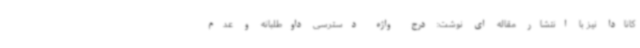
کانادا نیز با انتشار مقاله ای نوشت: درج واژه دسترسی داوطلبانه و عدم